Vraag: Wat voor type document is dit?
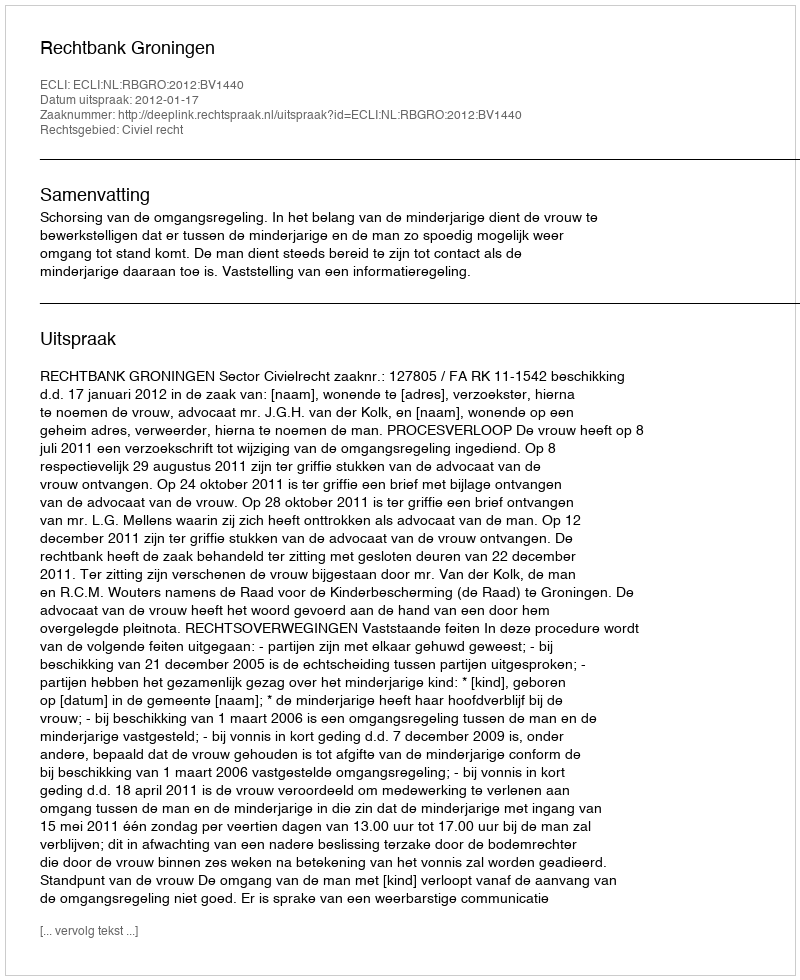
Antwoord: Uitspraak